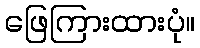
ဖြေကြားထားပုံ။